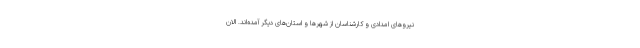
نیروهای امدادی و کارشناسان از شهرها و استان‌های دیگر آمده‌اند. الان